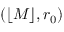
( \lfloor M \rfloor , r _ { 0 } )